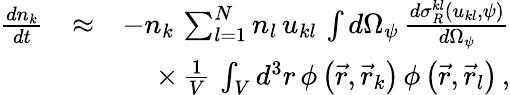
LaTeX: \begin{array}{rlr}{\frac{dn_{k}}{dt}}&{\approx}&{-n_{k}\, \sum_{l=1}^{N}n_{l}\, u_{kl}\, \int d\Omega_{\psi}\, \frac{d\sigma_{R}^{kl}\left(u_{kl},\psi\right)}{d\Omega_{\psi}}}\\ &{}&{\times\, \frac{1}{V}\, \int_{V}d^{3}r\, \phi\left(\vec{r},\vec{r}_{k}\right)\, \phi\left(\vec{r},\vec{r}_{l}\right)\, ,}\end{array}